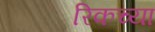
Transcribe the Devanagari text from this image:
रिकच्या